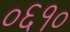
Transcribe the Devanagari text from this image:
०६१०